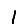
Digit: 1